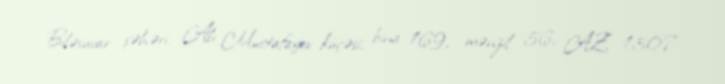
Biləsuvar şəhəri, Alı Mustafayev küçəsi, bina 169, mənzil 56, AZ 1307